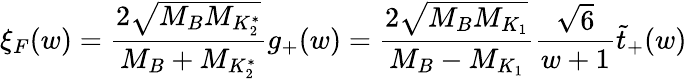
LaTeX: \xi_{F}(w)=\frac{2\sqrt{M_{B}M_{K_{2}^{*}}}}{M_{B}+M_{K_{2}^{*}}}g_{+}(w)=\frac{2\sqrt{M_{B}M_{K_{1}}}}{M_{B}-M_{K_{1}}}\frac{\sqrt{6}}{w+1}\tilde{t}_{+}(w)